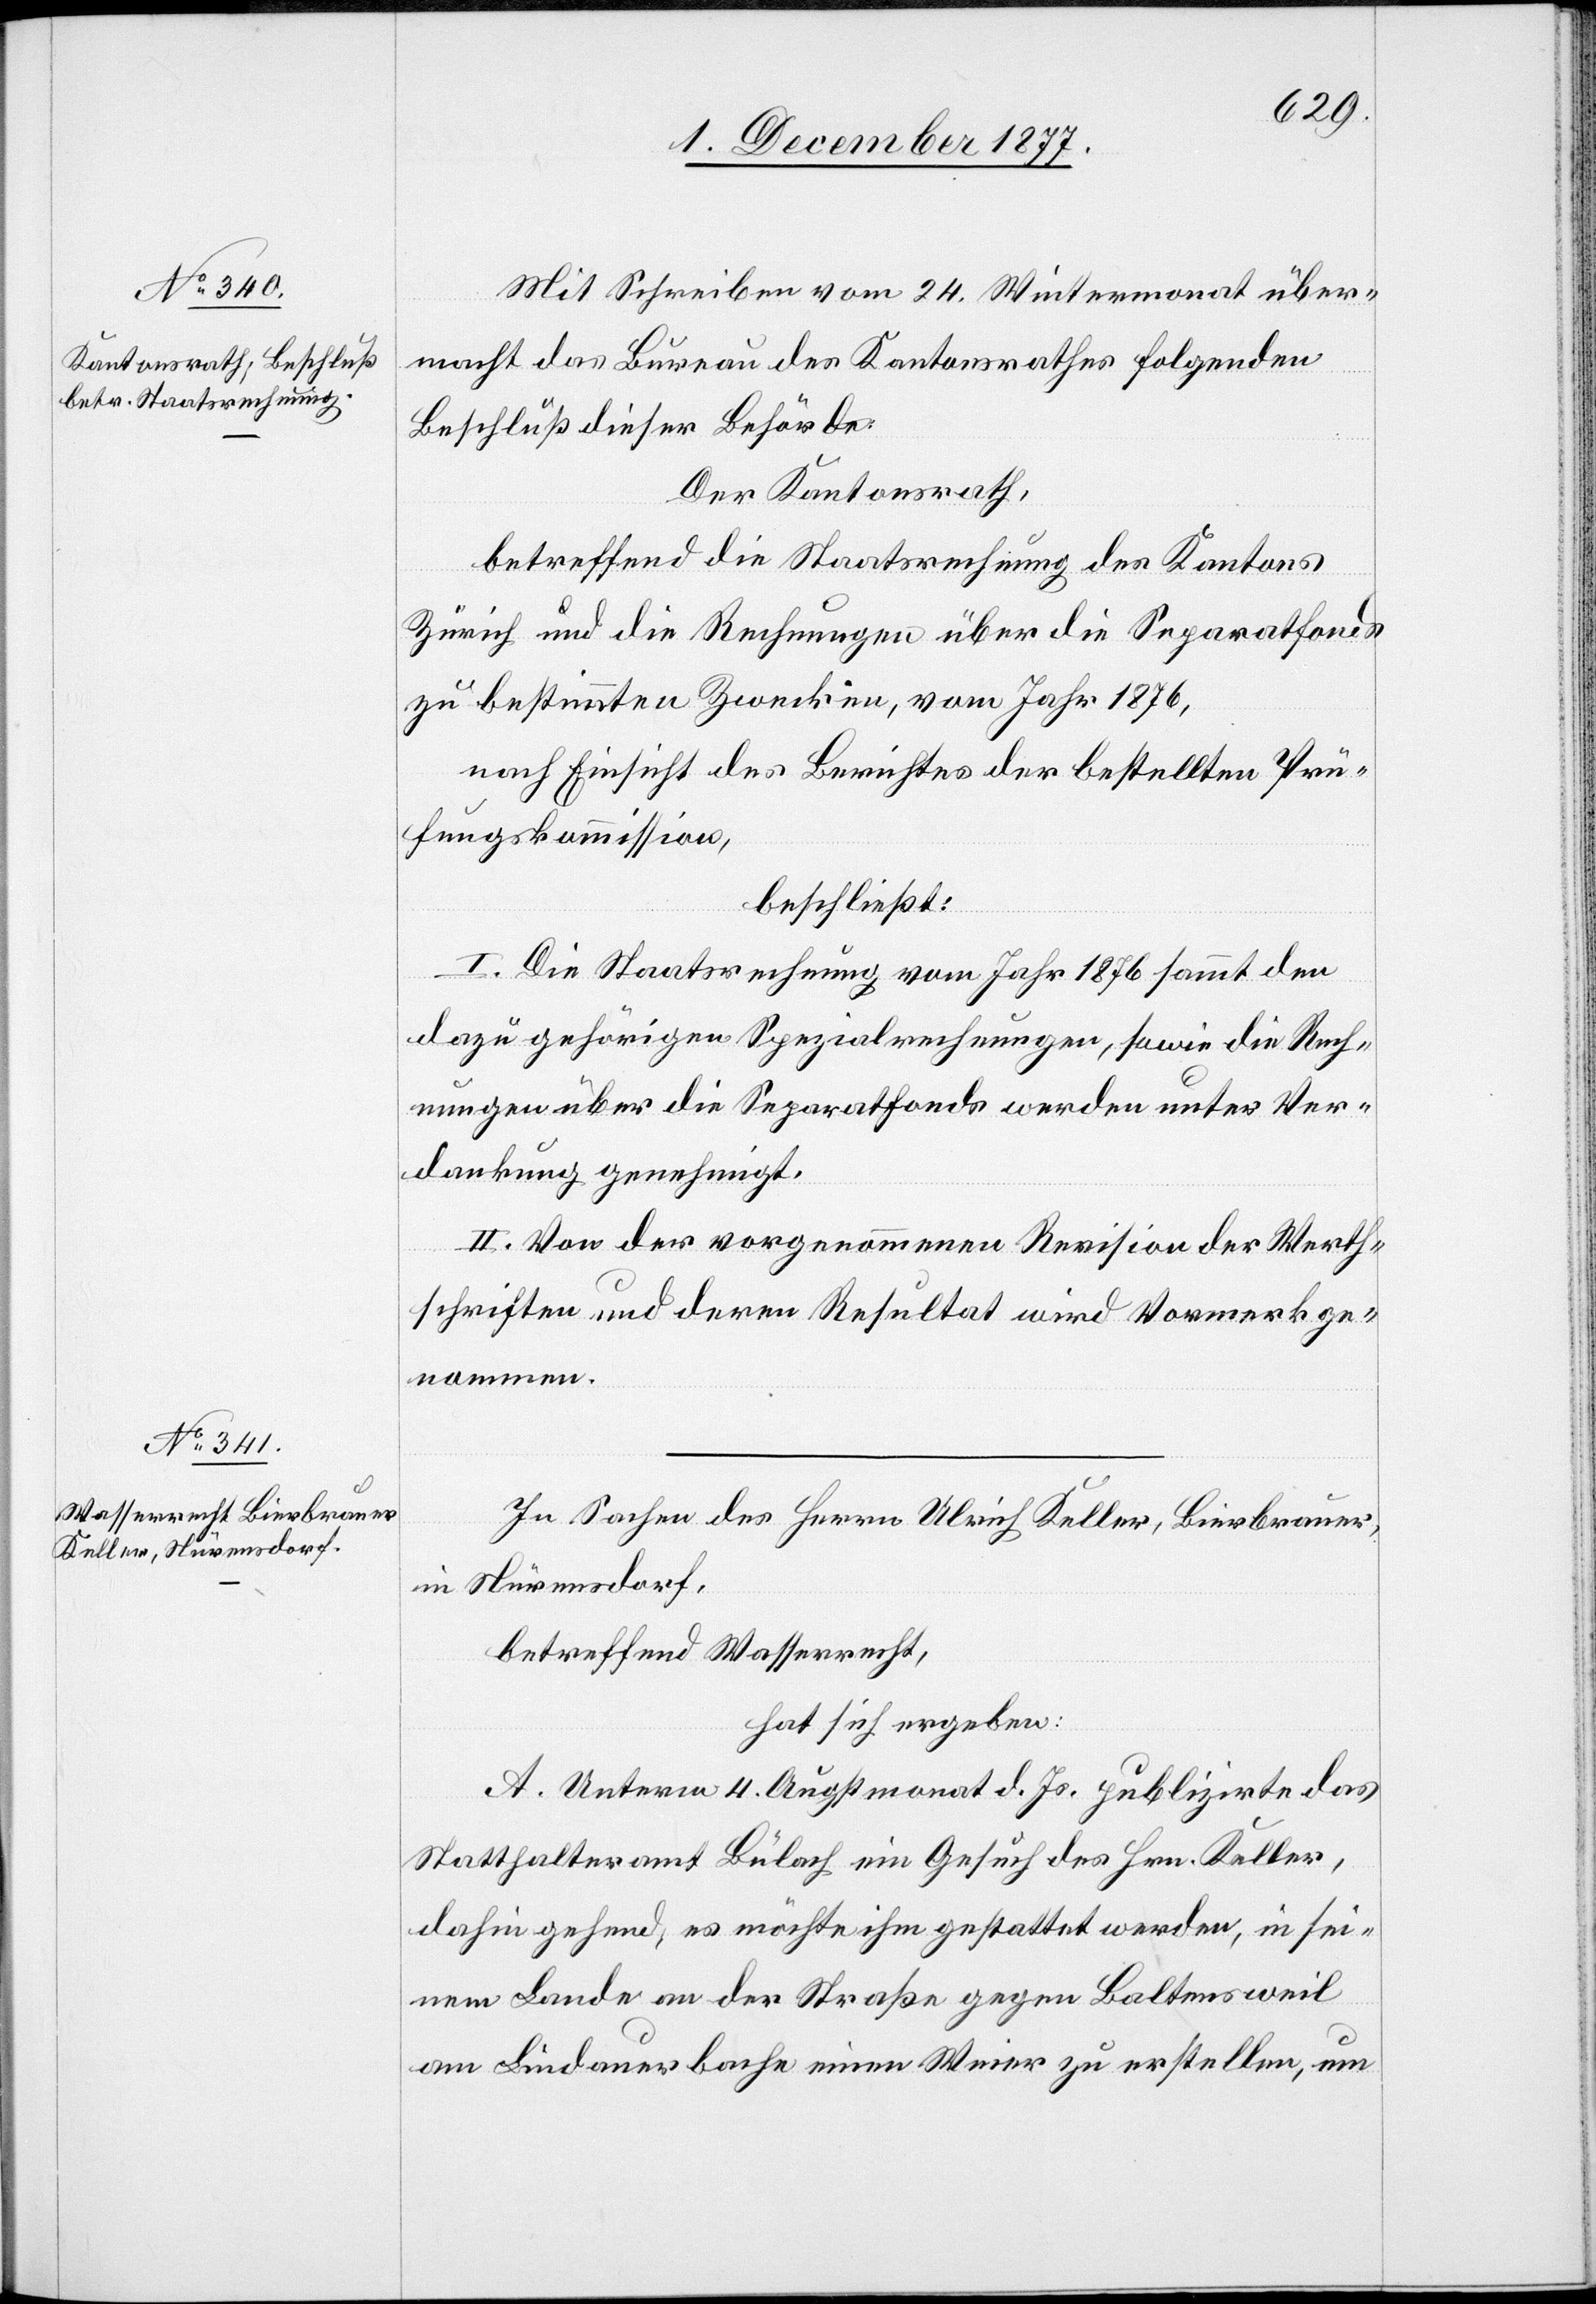
Mit Schreiben vom 24. Wintermonat über¬
macht das Bureau des Kantonsrathes folgenden
Beschluß dieser Behörde.
Der Kantonsrath,
betreffend die Staatsrechnung des Kantons
Zürich und die Rechnungen über die Separatfonds
zu bestimmten Zwecken, vom Jahr 1876,
nach Einsicht des Berichtes der bestellten Prü¬
fungskommission,
beschließt:
I. Die Staatsrechnung vom Jahr 1876 sammt den
dazu gehörigen Spezialrechnungen, sowie die Rech¬
nungen über die Separatfonds werden unter Ver¬
dankung genehmigt.
II. Von der vorgenommenen Revision der Werth¬
schriften und deren Resultat wird Vormerk ge¬
nommen.
In Sachen des Herrn Ulrich Keller, Bierbrauer,
in Nürensdorf,
betreffend Wasserrecht,
hat sich ergeben:
A. Unterm 4. Augstmonat d. Js. publizirte das
Statthalteramt Bülach ein Gesuch des Hrn. Keller,
dahin gehend, es möchte ihm gestattet werden, in sei¬
nem Lande an der Straße gegen Baltensweil
am Lindauerbache einen Weier zu erstellen, um